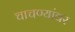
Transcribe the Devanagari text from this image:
चाचण्यांवर